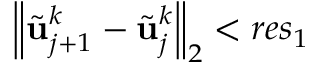
{ \left\| \tilde { \mathbf { u } } _ { j + 1 } ^ { k } - \tilde { \mathbf { u } } _ { j } ^ { k } \right\| } _ { 2 } < r e s _ { 1 }